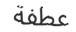
عطفة